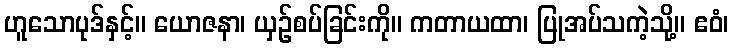
ဟူသောပုဒ်နှင့်။ ယောဇနာ၊ ယှဉ်စပ်ခြင်းကို။ ကတာယထာ၊ ပြုအပ်သကဲ့သို့။ ဧဝံ၊